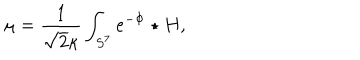
LaTeX: \mu = \frac { 1 } { \sqrt { 2 } \kappa } \int _ { S ^ { 7 } } e ^ { - \Phi } \star H ,